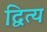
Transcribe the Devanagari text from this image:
द्वित्य